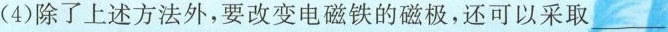
4)除了上述方法外，要改变电磁铁的磁极，还可以采取___。